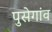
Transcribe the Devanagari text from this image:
पुसेगांव